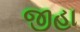
જીહા